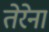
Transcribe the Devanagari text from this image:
तेरेना